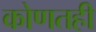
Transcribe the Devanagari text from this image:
कोणतही